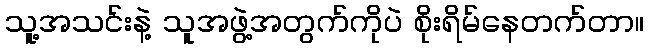
သူ့အသင်းနဲ့ သူအဖွဲ့အတွက်ကိုပဲ စိုးရိမ်နေတက်တာ။